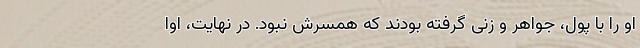
او را با پول، جواهر و زنی گرفته بودند که همسرش نبود. در نهایت، اوا